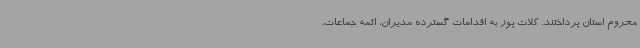
محروم استان پرداختند. کلات پور به اقدامات گسترده مدیران، ائمه جماعات،